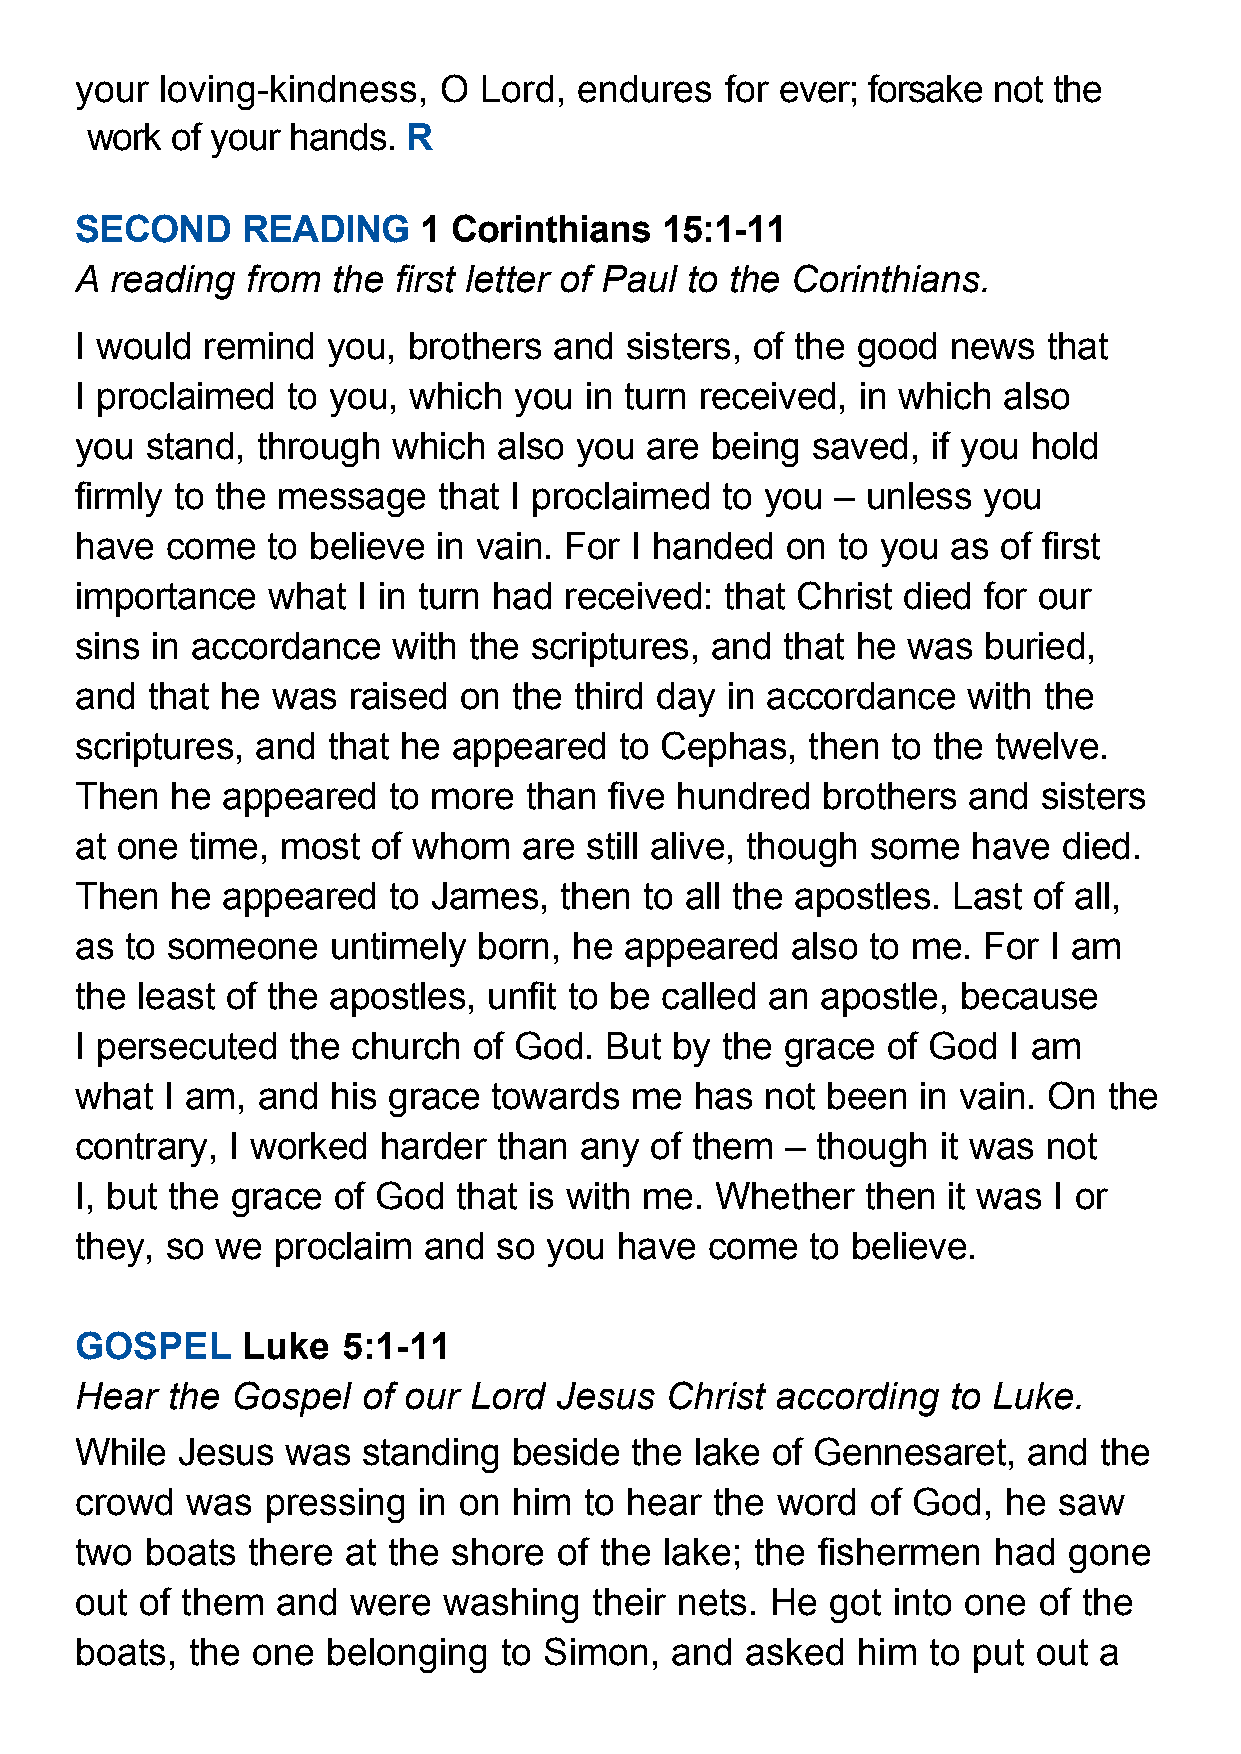
your  loving-kindness,  O  Lord, endures   for ever; forsake not the
 work of your hands.  R
 SECOND     READING     1 Corinthians   15:1-11
 A reading  from  the first letter of Paul to the Corinthians.
 I would remind   you, brothers  and sisters, of the good  news  that
 I proclaimed  to you, which  you  in turn received, in which also
 you  stand, through  which  also you  are being  saved,  if you hold
 firmly to the message   that I proclaimed  to you – unless  you
 have  come   to believe in vain. For I handed  on to you  as of first
 importance   what  I in turn had received: that Christ died for our
 sins in accordance   with the scriptures, and  that he was  buried,
 and  that he was  raised on  the third day in accordance   with the
 scriptures, and  that he appeared   to Cephas,  then  to the twelve.
 Then  he  appeared   to more  than five hundred  brothers  and  sisters
 at one  time, most  of whom   are still alive, though some have  died.
 Then  he  appeared   to James,  then  to all the apostles. Last of all,
 as to someone    untimely  born, he appeared   also  to me. For I am
 the least of the apostles, unfit to be called an apostle, because
 I persecuted  the church  of God.  But by  the grace  of God  I am
 what  I am, and  his grace towards   me  has  not been  in vain. On the
 contrary, I worked  harder  than any  of them  – though  it was not
 I, but the grace of God  that is with me. Whether   then  it was I or
 they, so we  proclaim  and  so you  have  come   to believe.
 GOSPEL     Luke   5:1-11
 Hear  the Gospel   of our Lord  Jesus  Christ according   to Luke.
 While  Jesus  was  standing  beside  the lake of Gennesaret,   and  the
 crowd  was   pressing  in on him  to hear the word   of God,  he saw
 two  boats there  at the shore  of the lake; the fishermen   had  gone
 out of them  and  were  washing   their nets. He  got into one  of the
 boats, the  one  belonging  to Simon,  and  asked   him to put  out a